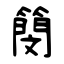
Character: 簢